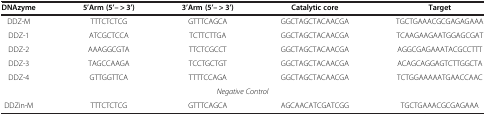
| DNAzyme | 5’Arm (5’-- > 3’) | 3’Arm (5’-- > 3’) | Catalytic core | Target |
 | --- | --- | --- | --- | --- |
 | DDZ-M | TTTCTCTCG | GTTTCAGCA | GGCTAGCTACAACGA | TGCTGAAACGCGAGAGAAA |
 | DDZ-1 | ATCGCTCCA | TCTTCTTGA | GGCTAGCTACAACGA | TCAAGAAGAATGGAGCGAT |
 | DDZ-2 | AAAGGCGTA | TTCTCGCCT | GGCTAGCTACAACGA | AGGCGAGAAATACGCCTTT |
 | DDZ-3 | TAGCCAAGA | TCCTGCTGT | GGCTAGCTACAACGA | ACAGCAGGAGTCTTGGCTA |
 | DDZ-4 | GTTGGTTCA | TTTTCCAGA | GGCTAGCTACAACGA | TCTGGAAAAATGAACCAAC |
 | <COLSPAN=5> Negative Control |
 | DDZin-M | TTTCTCTCG | GTTTCAGCA | AGCAACATCGATCGG | TGCTGAAACGCGAGAAA |